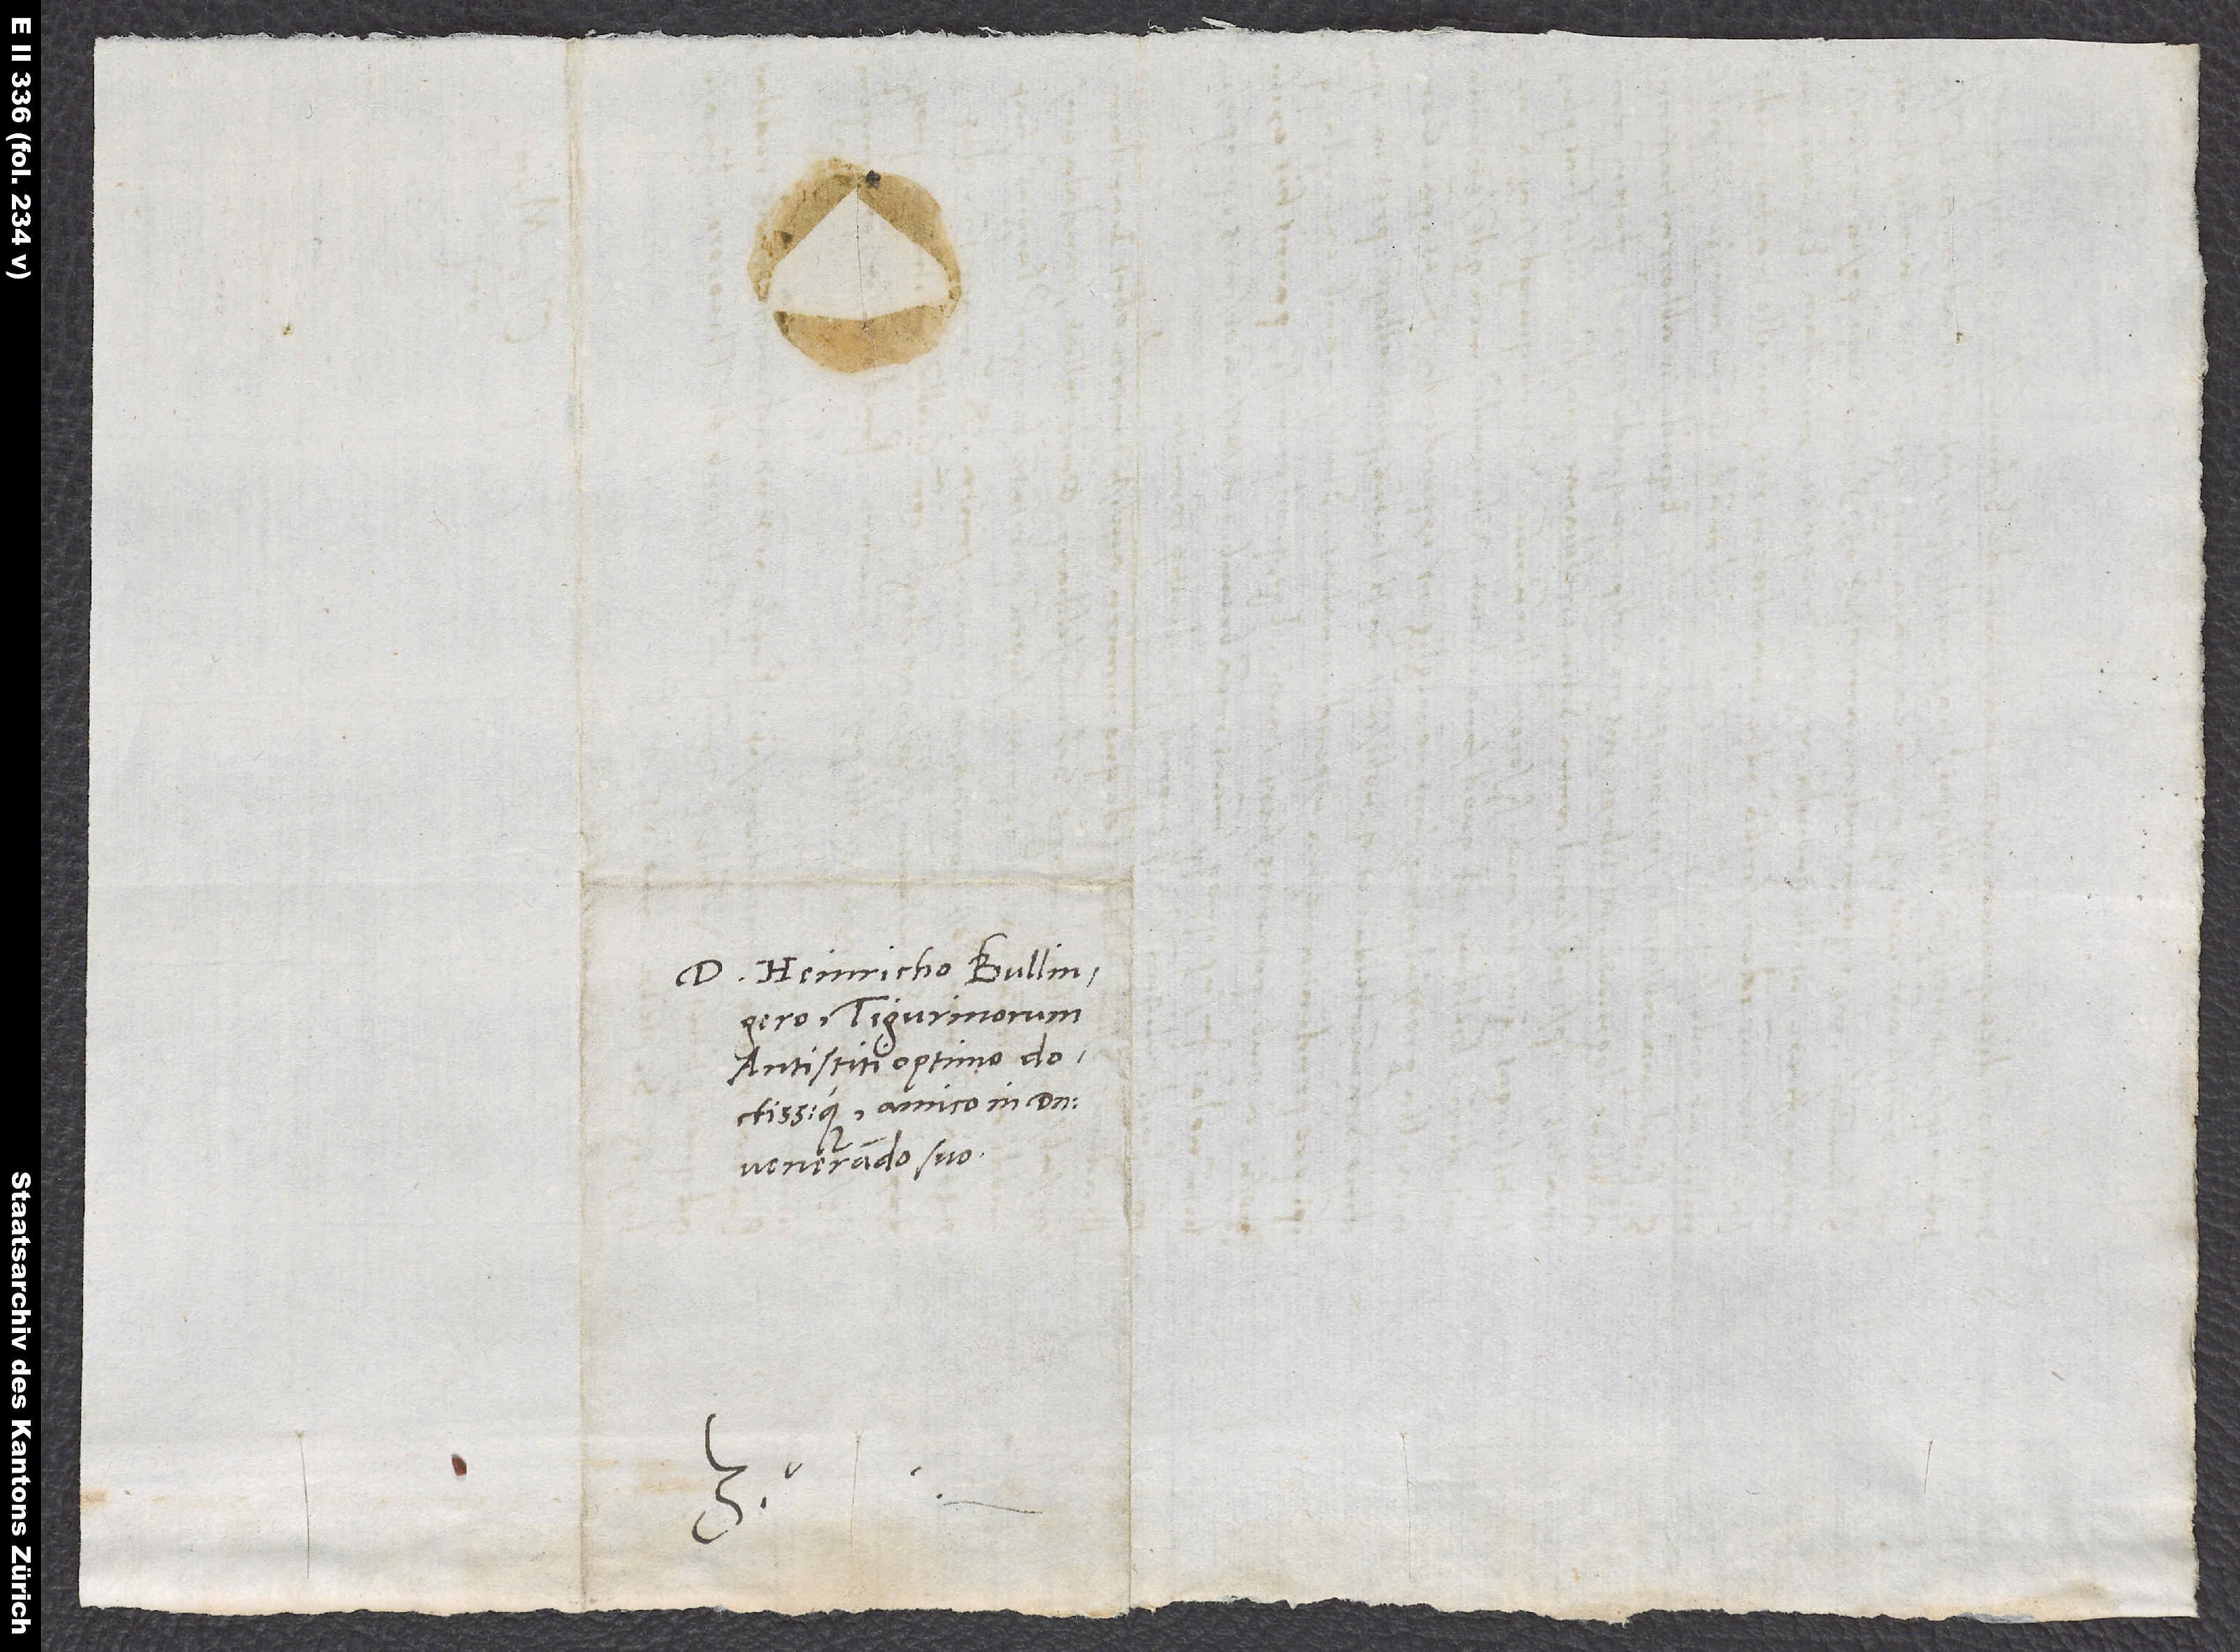
D. Heinricho Bullingero,
Tigurinorum
antistiti optimo
doctissimoque, amico in domino
venerando suo.